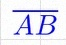
\overline{AB}